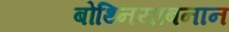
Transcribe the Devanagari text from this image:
बोथ्नियाबनान